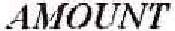
AMOUNT